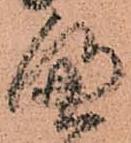
へ